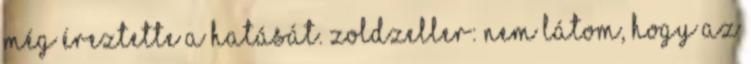
még éreztette a hatását. zoldzeller: Nem látom, hogy az